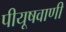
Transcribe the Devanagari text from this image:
पीयूषवाणी